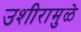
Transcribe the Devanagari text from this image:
उशीरामुळे